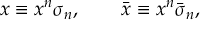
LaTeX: x \equiv x ^ { n } \sigma _ { n } , \qquad \bar { x } \equiv x ^ { n } \bar { \sigma } _ { n } ,